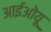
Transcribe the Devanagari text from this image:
आईओयू